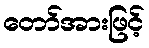
တော်အားဖြင့်